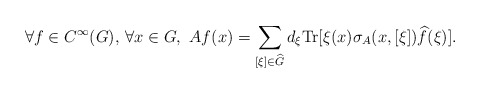
\begin{align*} \forall f\in C^\infty(G),\,\forall x\in G,\,\, Af(x)=\sum_{[\xi]\in \widehat{G}}d_\xi\textnormal{Tr}[\xi(x)\sigma_{A}(x,[\xi])\widehat{f}(\xi)]. \end{align*}